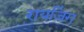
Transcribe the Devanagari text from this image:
रायजिंग